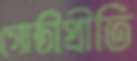
গোষ্ঠীপ্রীতি